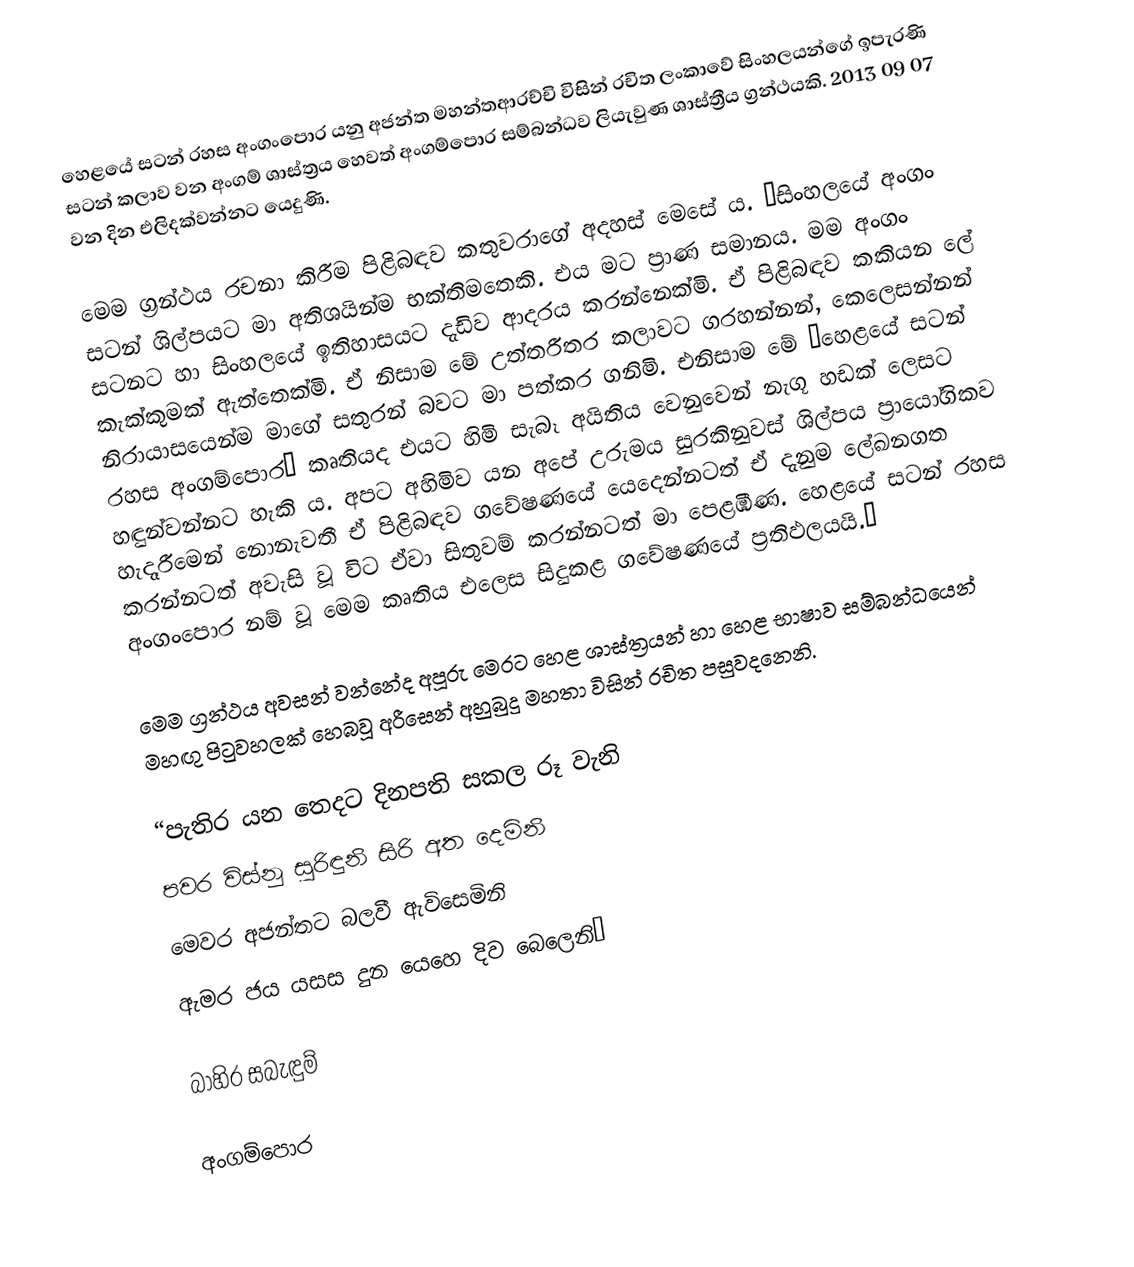
හෙළයේ සටන් රහස අංගංපොර යනු  අජන්ත මහන්තආරච්චි  විසින් රචිත ලංකාවේ  සිංහලයන්ගේ ඉපැරණි සටන් කලාව වන අංගම් ශාස්ත්‍රය හෙවත් අංගම්පොර සම්බන්ධව ලියැවුණ ශාස්ත්‍රීය ග්‍රන්ථයකි. 2013 09 07 වන දින එලිදක්වන්නට යෙදුණි.

මෙම ග්‍රන්ථය රචනා කිරීම පිළිබඳව කතුවරාගේ අදහස් මෙසේ ය. “සිංහලයේ අංගං සටන් ශිල්පයට මා අතිශයින්ම භක්තිමතෙකි. එය මට ප්‍රාණ සමානය. මම අංගං සටනට හා සිංහලයේ ඉතිහාසයට දැඩිව ආදරය කරන්නෙක්මි. ඒ පිළිබඳව කකියන ලේ කැක්කුමක් ඇත්තෙක්මි. ඒ නිසාම මේ උත්තරීතර කලාවට ගරහන්නන්, කෙලෙසන්නන් නිරායාසයෙන්ම මාගේ සතුරන් බවට මා පත්කර ගනිමි. එනිසාම මේ ‘හෙළයේ සටන් රහස අංගම්පොර‘ කෘතියද එයට හිමි සැබෑ අයිතිය වෙනුවෙන් නැගූ හඩක් ලෙසට හඳුන්වන්නට හැකි ය. අපට අහිමිව යන අපේ උරුමය සුරකිනුවස් ශිල්පය ප්‍රායෝගිකව හැදෑරීමෙන් නොනැවතී ඒ පිළිබඳව ගවේෂණයේ යෙදෙන්නටත් ඒ දැනුම ලේඛනගත කරන්නටත් අවැසි වූ විට ඒවා සිතුවම් කරන්නටත් මා පෙළඹිණ. හෙළයේ සටන් රහස අංගංපොර නම් වූ මෙම කෘතිය එලෙස සිදුකළ ගවේෂණයේ ප්‍රතිඵලයයි.“

මෙම ග්‍රන්ථය අවසන් වන්නේද අපූරු මෙරට හෙළ ශාස්ත්‍රයන් හා හෙළ භාෂාව සම්බන්ධයෙන් මහඟු පිටුවහලක් හෙබවූ අරීසෙන් අහුබුදු මහතා විසින් රචිත පසුවදනෙනි.

“පැතිර යන තෙදට දිනපති සකල රූ 	වැනි
පවර විස්නු සුරිඳුනි සිරි අත 	දෙමිනි
මෙවර අජන්තට බලවී 	ඇවිසෙමිනි
ඇමර ජය යසස දුන යෙහෙ  දිව 	බෙලෙනි“

බාහිර සබැඳුම්

අංගම්පොර